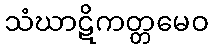
သံဃာဋိကတ္တမေဝ